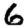
Digit: 6